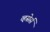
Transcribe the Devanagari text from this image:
व्हसेर्स